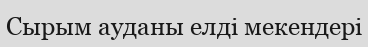
Сырым ауданы елді мекендері